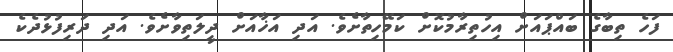
ފަހެ ތިބާގެ ބައްޕައަށް އިހުތިރާމުކޮށް ކަމޭހިތާށެވެ. އަދި އަޚާއަށް ދީލަތިވާށެވެ. އަދި ދަރިފުޅުދެކެ